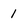
Character: 1